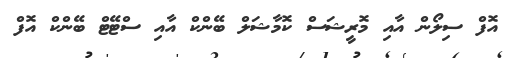
އޮފް ސިލޯން އާއި މޮރީޝަސް ކޮމާޝަލް ބޭންކް އާއި ސްޓޭޓް ބޭންކް އޮފް